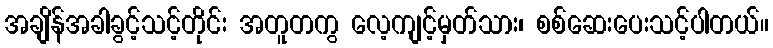
အချိန်အခါခွင့်သင့်တိုင်း အတူတကွ လေ့ကျင့်မှတ်သား၊ စစ်ဆေးပေးသင့်ပါတယ်။